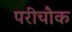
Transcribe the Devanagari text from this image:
परीचौक